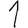
Digit: 1